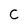
Character: C